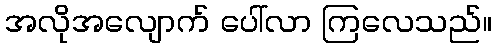
အလိုအလျောက် ပေါ်လာ ကြလေသည်။